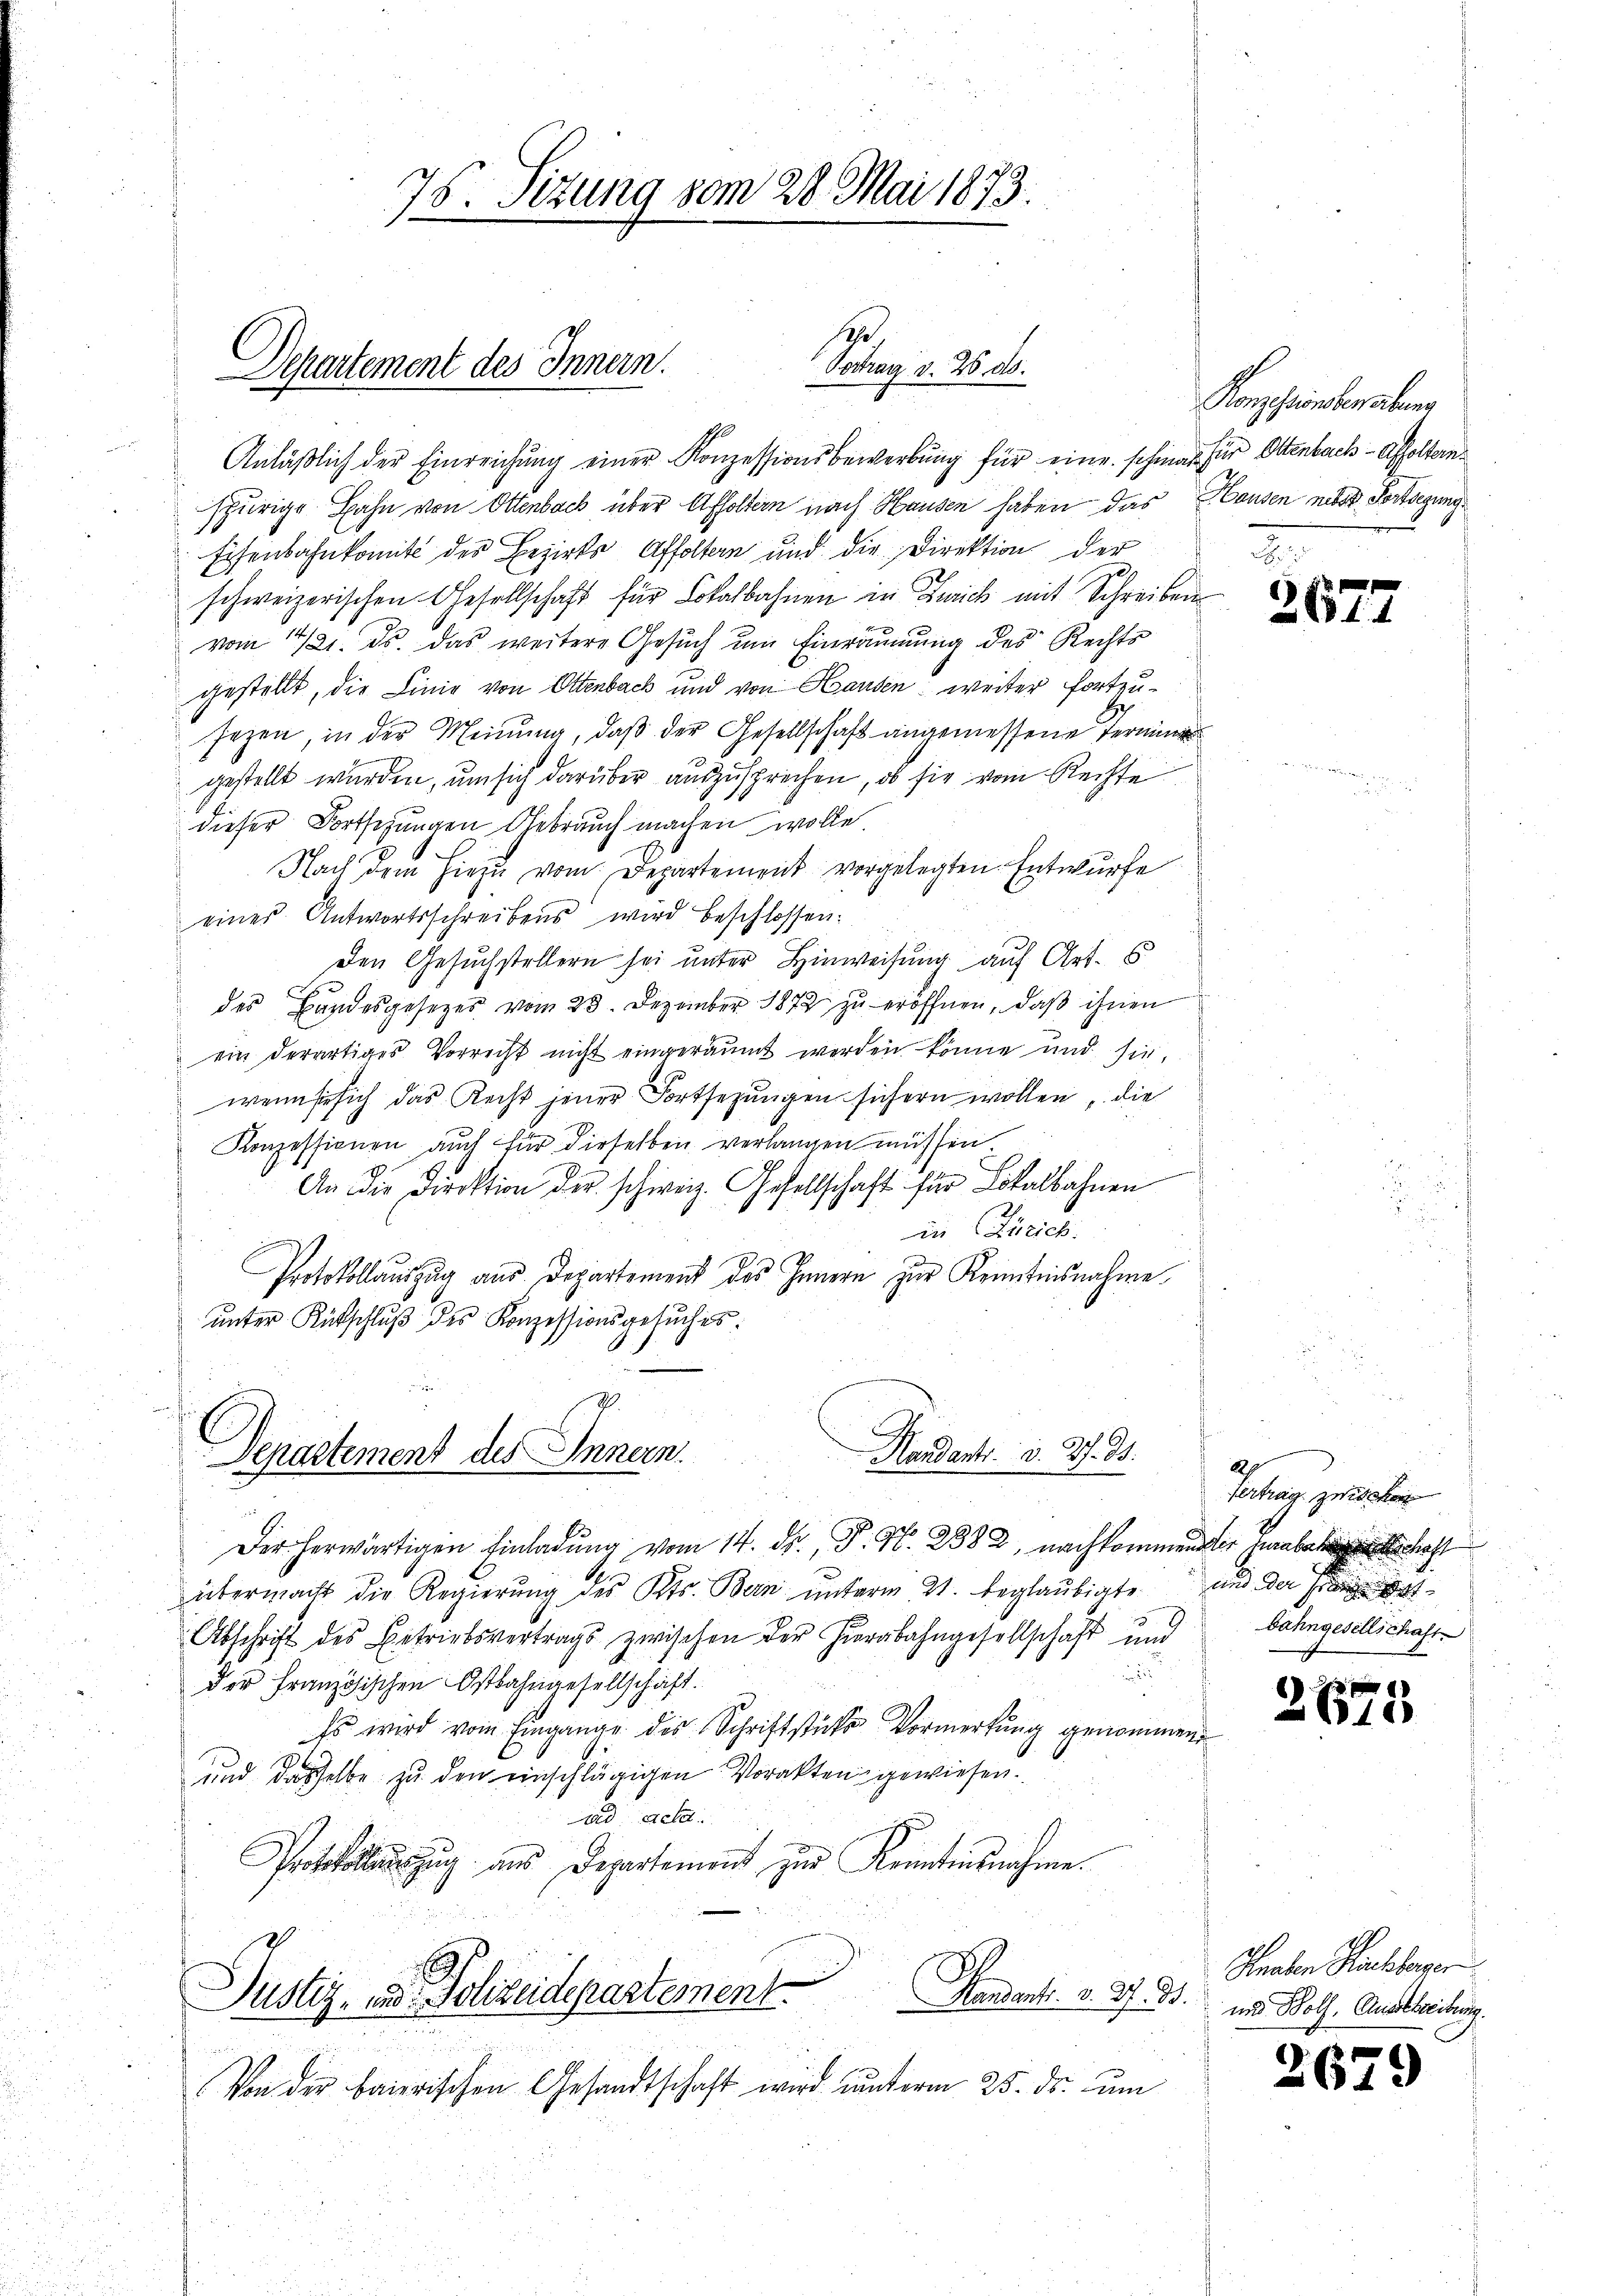
Departement des Innern.
Portrag v. 26. ds.

76. Sizung vom 28. Mai 1873.

Anläßlich der Einreichung einer Konzessionsbewerbung für eine schmar für Ottenbach-Affolternspurige Bahn von Ottenbach über Affoltern nach Hausen haben das Hausen nebst Fortsegung
Eisenbahnkomité des Bezirks Affolten und die Direktion der
schweizerischen Gesellschaft für Lokalbahnen in Zürich mit Schreiben
vom 4/21. ds. das weitere Gesuch um Einräumung des Rechts
gestellt, die Linie von Ottenbach und von Hausen weiter fortzusezen, in der Meinung, daß der Gesellschaft angemessene Terminer
gestellt wurden, um sich darüber auszusprechen, ob sie vom Rechte
dieser Fortsehungen Gebrauch machen wolle.
Nach dem hiezu vom Departement vorgelegten Entwurfe
eines Antwortsschreibens wird beschlossen:
Den Gesuchstellern sei unter Hinweisung auf Art. E
des Bandesgesetzes vom 23. Dezember 1872 zu eröffnen, daß ihnen
ein derartiges Vorrecht nicht eingeräumt werden könne und sie,
wenn sie sich das Recht jener Fortsezungen sichern wollen, die
Konzessionen auch für dieselben verlangen müssen
An die Direktion der schweiz. Gesellschaft für Lokalbahnen
in (Zürich.
Protokollaŭszŭg aŭs Departement des Innern zŭr Kenntnisnahme
ŭnter Rückschlŭβ des Konzessionsgesuches:

Ach
Handants. 3. 4. 85.
Departement des Innern.

Konzessintersburg
2

Der herwärtigen Einladung vom 14. d. P. Nr. 2382, nachkommener habe
übermacht die Regierŭng des Kts. Bern ŭnterm 21. beglaubigte
Abschrift des Betriebsvertrags zwischen der Hierbahngesellschaft und

der Französischen Ostbahngesellschaft.
Es wird vom Eingange des Schriftstücke Vormerkung genommen,
und dasselbe zu den einschlägigen Vorakten gewiesen.
ad acte.
Protokollauszug aus Departement zur Kenntnusnahme.
Justiz- und Polizeidepartement Handants. v. 7. B. und Roth, Anstreibung.
Von der baierischen Gesandtschaft wird unterm 25. ds. um

2677

2
Vertrag zwischen
und der Fina
Bahngesellschaft

21575

Hnalen Kuhberen

2679